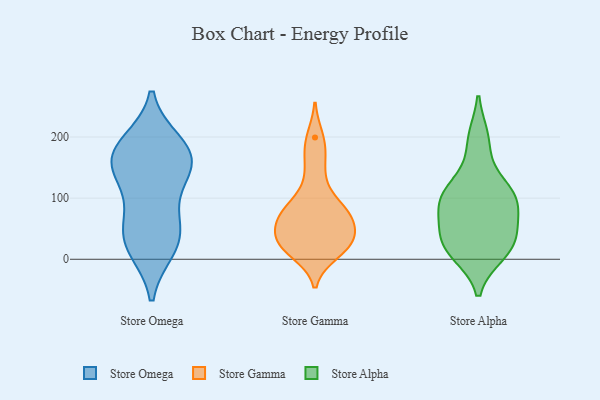
{"axis": {"x": "Bounce Rate (%)", "y": "Value"}, "legend": ["Store Alpha", "Store Gamma", "Store Omega"], "data": [{"x": "", "y": 18, "type": "Store Omega"}, {"x": "", "y": 155, "type": "Store Omega"}, {"x": "", "y": 167, "type": "Store Omega"}, {"x": "", "y": 20, "type": "Store Omega"}, {"x": "", "y": 47, "type": "Store Omega"}, {"x": "", "y": 182, "type": "Store Omega"}, {"x": "", "y": 43, "type": "Store Omega"}, {"x": "", "y": 189, "type": "Store Omega"}, {"x": "", "y": 173, "type": "Store Omega"}, {"x": "", "y": 78, "type": "Store Omega"}, {"x": "", "y": 140, "type": "Store Omega"}, {"x": "", "y": 135, "type": "Store Omega"}, {"x": "", "y": 59, "type": "Store Gamma"}, {"x": "", "y": 137, "type": "Store Gamma"}, {"x": "", "y": 30, "type": "Store Gamma"}, {"x": "", "y": 68, "type": "Store Gamma"}, {"x": "", "y": 82, "type": "Store Gamma"}, {"x": "", "y": 174, "type": "Store Gamma"}, {"x": "", "y": 95, "type": "Store Gamma"}, {"x": "", "y": 11, "type": "Store Gamma"}, {"x": "", "y": 21, "type": "Store Gamma"}, {"x": "", "y": 21, "type": "Store Gamma"}, {"x": "", "y": 35, "type": "Store Gamma"}, {"x": "", "y": 29, "type": "Store Gamma"}, {"x": "", "y": 199, "type": "Store Gamma"}, {"x": "", "y": 69, "type": "Store Gamma"}, {"x": "", "y": 72, "type": "Store Gamma"}, {"x": "", "y": 89, "type": "Store Alpha"}, {"x": "", "y": 10, "type": "Store Alpha"}, {"x": "", "y": 117, "type": "Store Alpha"}, {"x": "", "y": 20, "type": "Store Alpha"}, {"x": "", "y": 25, "type": "Store Alpha"}, {"x": "", "y": 30, "type": "Store Alpha"}, {"x": "", "y": 194, "type": "Store Alpha"}, {"x": "", "y": 11, "type": "Store Alpha"}, {"x": "", "y": 32, "type": "Store Alpha"}, {"x": "", "y": 71, "type": "Store Alpha"}, {"x": "", "y": 197, "type": "Store Alpha"}, {"x": "", "y": 111, "type": "Store Alpha"}, {"x": "", "y": 89, "type": "Store Alpha"}, {"x": "", "y": 99, "type": "Store Alpha"}, {"x": "", "y": 92, "type": "Store Alpha"}, {"x": "", "y": 124, "type": "Store Alpha"}, {"x": "", "y": 51, "type": "Store Alpha"}]}